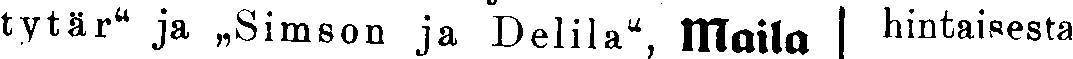
tytär'' ja ,,Simson ja Delila'', Maila | hintaisesta